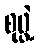
စုဖွဲ့